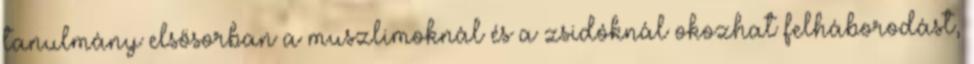
tanulmány elsősorban a muszlimoknál és a zsidóknál okozhat felháborodást,